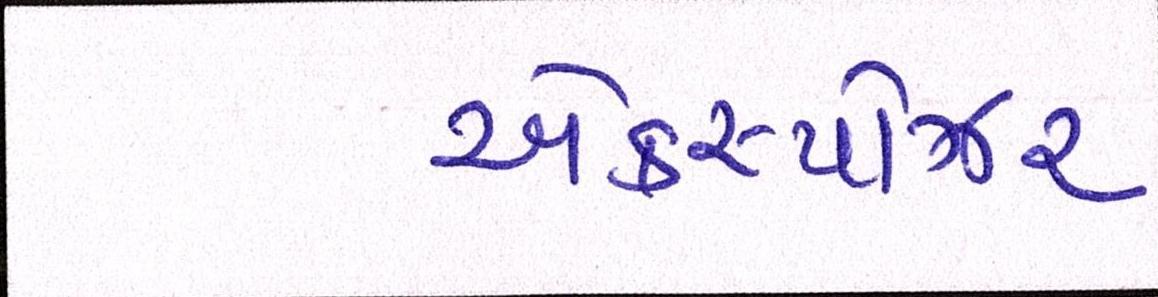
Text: એક્સ્પોઝર